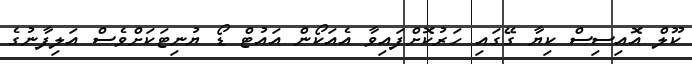
ކޫލް އޮއިސިސް ކިޔާ ގޭގައި ހަރުކޮށްފައިވާ އެއަކޯން އައުޓް ޑޯ ޔުނިޓަކަށްވެސް އަލިފާނުގެ